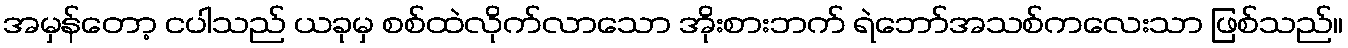
အမှန်တော့ ငပါသည် ယခုမှ စစ်ထဲလိုက်လာသော အိုးစားဘက် ရဲဘော်အသစ်ကလေးသာ ဖြစ်သည်။